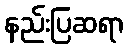
နည်းပြဆရာ